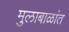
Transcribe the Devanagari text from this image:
मुलाबाळांत